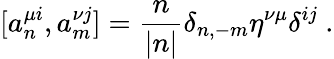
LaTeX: [a_{n}^{\mu i},a_{m}^{\nu j}]=\frac{n}{|n|}\delta_{n,-m}\eta^{\nu\mu}\delta^{ij}\ .